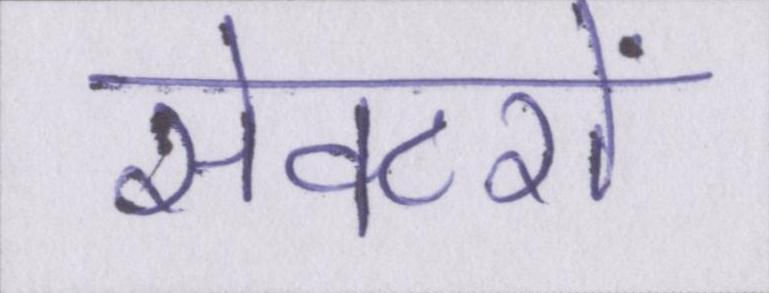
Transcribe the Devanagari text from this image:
सेक्टरों